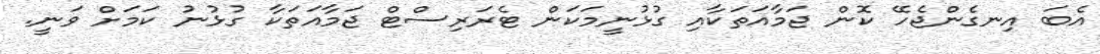
އެބަ އިނގެންޖެހޭ ކޮން ޖަމާއަތަކާއި ގުޅުނީމަކަން ޓެރަރިސްޓް ޖަމާއަތަކާ ގުޅުނު ކަމަށް ވަނީ.